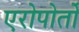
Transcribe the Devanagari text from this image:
एरोपोर्तो